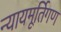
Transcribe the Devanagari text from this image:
न्यायमूर्तिगण